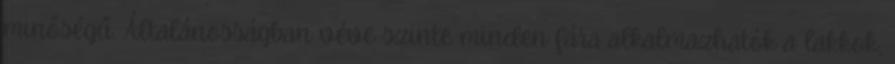
minőségű. Általánosságban véve szinte minden fára alkalmazhatók a lakkok,